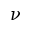
\nu